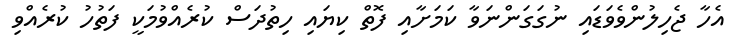
އެހާ ޖެހިލުންވެވަޑައި ނުގަގަންނަވާ ކަމަށާއި ފޮތް ކިޔައި ހިތުދަސް ކުރެއްވުމަކީ ފަތުހު ކުރެއްވި